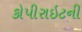
કોપીરાઇટની